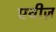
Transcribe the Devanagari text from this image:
एवीज़